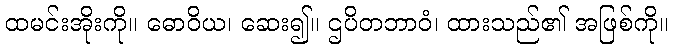
ထမင်းအိုးကို။ ဓောဝိယ၊ ဆေး၍။ ဌပိတဘာဝံ၊ ထားသည်၏ အဖြစ်ကို။